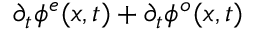
\partial _ { t } \phi ^ { e } ( x , t ) + \partial _ { t } \phi ^ { o } ( x , t )